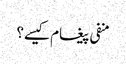
منفی پیغام کیسے؟